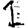
Digit: 1